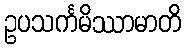
ဥပသင်္ကမိဿာမာတိ